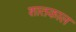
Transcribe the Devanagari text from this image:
शातकाल